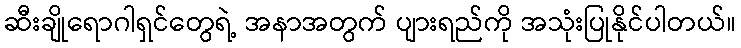
ဆီးချိုရောဂါရှင်တွေရဲ့ အနာအတွက် ပျားရည်ကို အသုံးပြုနိုင်ပါတယ်။